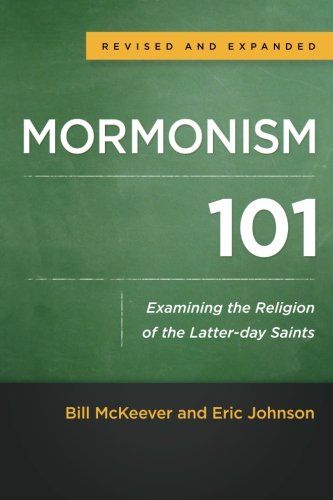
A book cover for Mormonism 101: Examining the Religion of the Latter-day Saints; Bill McKeever; Religion & Spirituality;